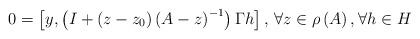
LaTeX: \begin{align*}0=\left[ y,\left( I+\left( z-z_{0} \right)\left( A-z \right)^{-1}\right)\Gamma h \right],\thinspace \forall z\in \rho \left( A \right), \forall h\in H\end{align*}